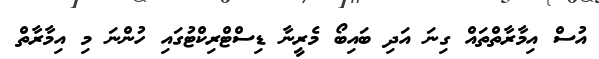
އުސް އިމާރާތްތައް ގިނަ އަދި ބައިބޯ މެރީނާ ޑިސްޓްރިކްޓުގައި ހުންނަ މި އިމާރާތް